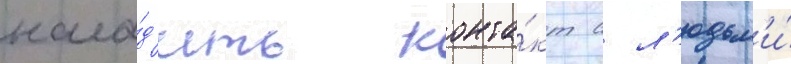
нала́д'ить конта́кт с л'юдьм'и́